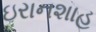
ઇરાનશાહ